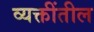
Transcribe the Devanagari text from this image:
व्यक्तींतील